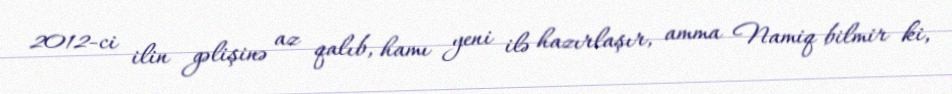
2012-ci ilin gəlişinə az qalıb, hamı yeni ilə hazırlaşır, amma Namiq bilmir ki,